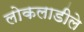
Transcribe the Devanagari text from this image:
लोकलाडीले